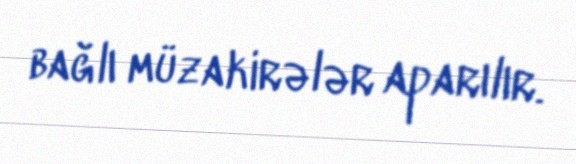
bağlı müzakirələr aparılır.